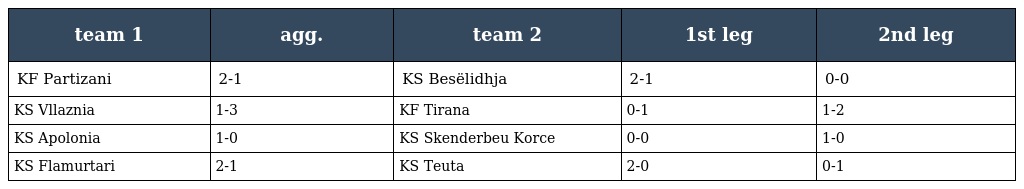
| team 1 | agg. | team 2 | 1st leg | 2nd leg |
 | --- | --- | --- | --- | --- |
 | KF Partizani | 2-1 | KS Besëlidhja | 2-1 | 0-0 |
 | KS Vllaznia | 1-3 | KF Tirana | 0-1 | 1-2 |
 | KS Apolonia | 1-0 | KS Skenderbeu Korce | 0-0 | 1-0 |
 | KS Flamurtari | 2-1 | KS Teuta | 2-0 | 0-1 |